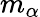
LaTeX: m_{\alpha}